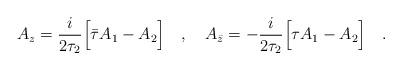
LaTeX: \begin{align*}A_z=\frac{i}{2\tau_2}\Big[\bar{\tau}A_1-A_2\Big]\ \ \ ,\ \ \ A_{\bar{z}}=-\frac{i}{2\tau_2}\Big[\tau A_1-A_2\Big]\ \ \ .\end{align*}